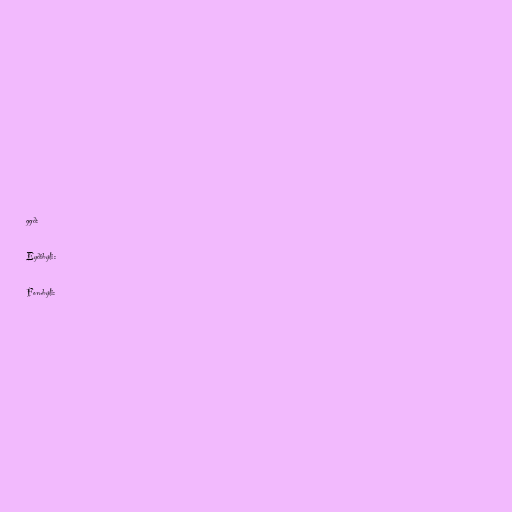
ggð:

Eyðibýli:

Fornbýli: